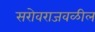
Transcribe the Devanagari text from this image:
सरोवराजवळील